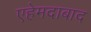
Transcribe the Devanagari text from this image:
एहेमदाबाद